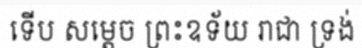
ទើប សម្តេច ព្រះឧទ័យ រាជា ទ្រង់